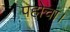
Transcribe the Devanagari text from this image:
पहोचा।